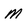
Character: M